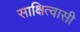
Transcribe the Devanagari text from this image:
साक्षित्वासी